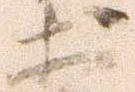
於